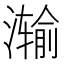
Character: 𮳗